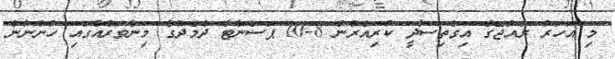
މި އަހަރު ރާއްޖޭގެ އިގްތިސާދީ ކުރިއެރުން 8-10 ޕަސެންޓާ ދެމެދުގެ މިންވަރެއްގައި ހުންނާނެ